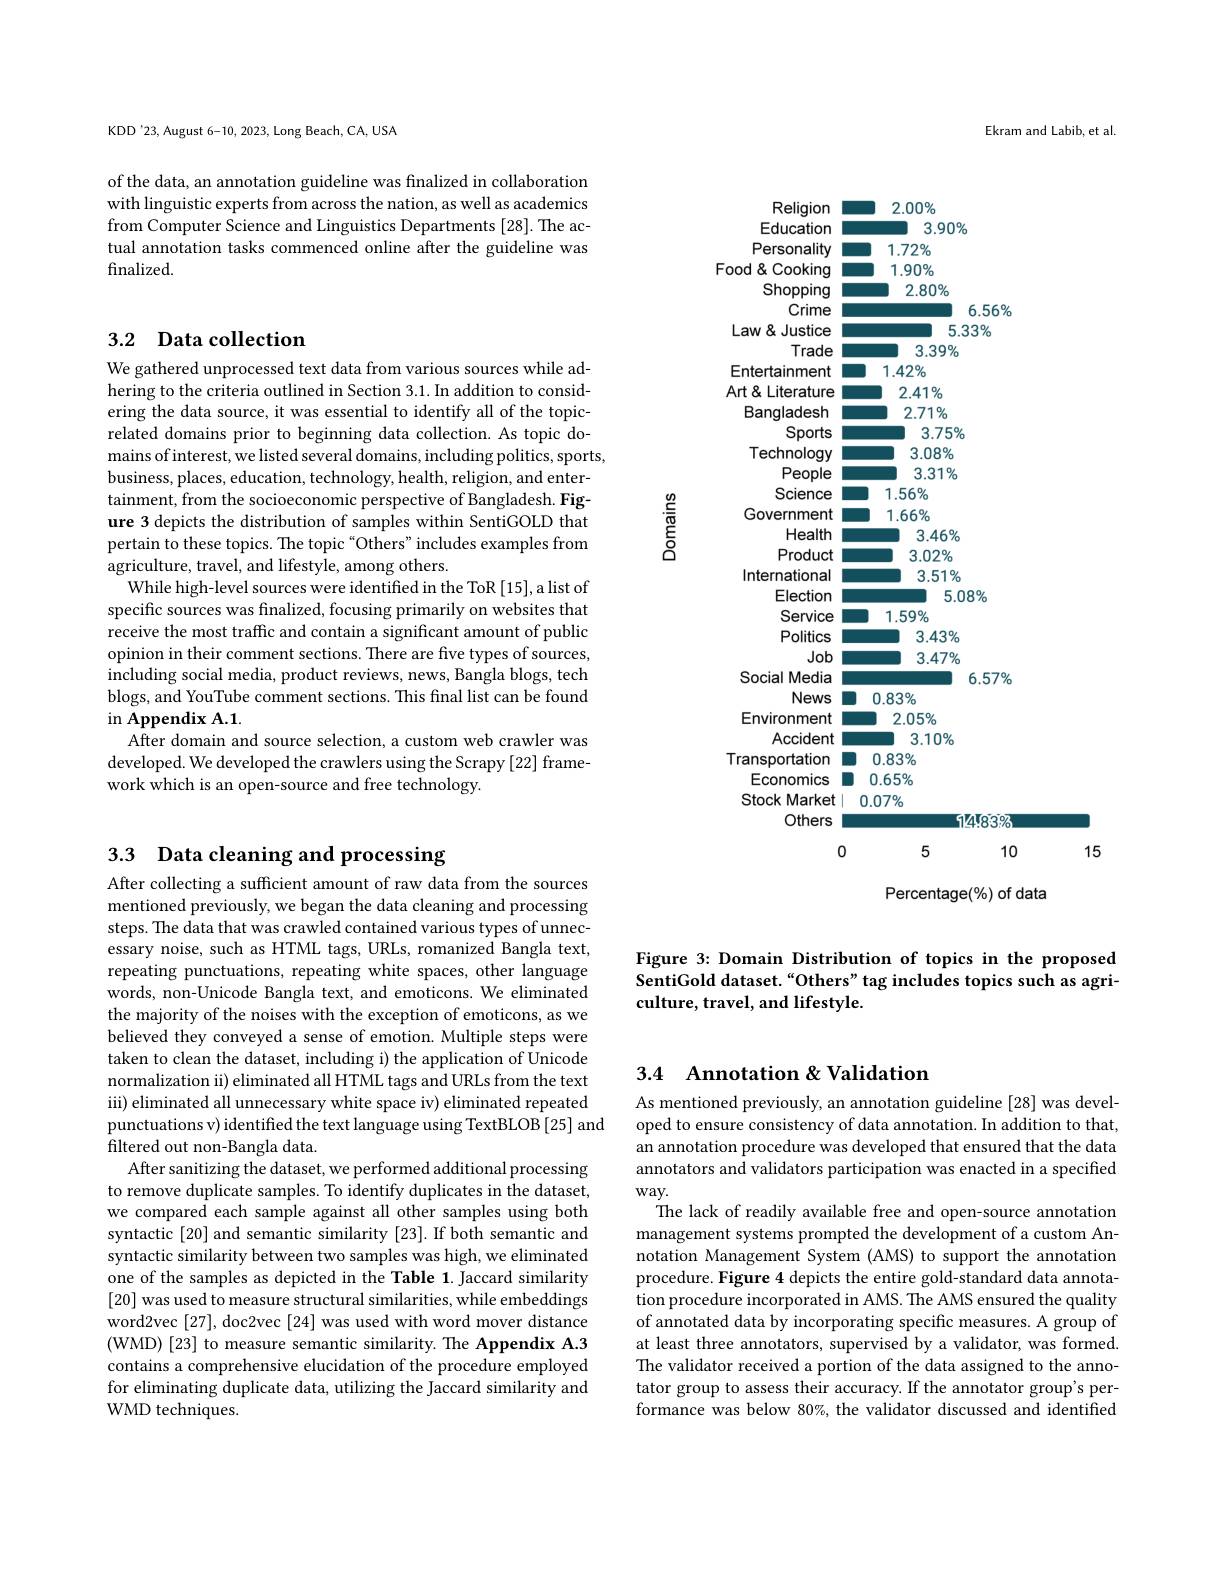
Ekram and Labib, et al.

KDD'23, August 6-10, 2023, Long Beach, CA, USA

of the data, an annotation guideline was finalized in collaboration with linguistic experts from across the nation, as well as academics from Computer Science and Linguistics Departments [28]. The actual annotation tasks commenced online after the guideline was finalized.

## 3.2 Data collection

We gathered unprocessed text data from various sources while adhering to the criteria outlined in Section 3.1. In addition to considering the data source, it was essential to identify all of the topicrelated domains prior to beginning data collection. As topic domains of interest, we listed several domains, including politics, sports, business, places, education, technology, health, religion, and entertainment, from the socioeconomic perspective of Bangladesh. Figure 3 depicts the distribution of samples within SentiGOLD that pertain to these topics. The topic“Others" includes examples from ${\mathrm{agriculture,~travel,~and~lifestyle,~among~others.}}$
While high-level sources were identified in the ToR [15], a list of specific sources was finalized, focusing primarily on websites that receive the most traffic and contain a significant amount of public opinion in their comment sections. There are five types of sources, $\dot{\text{including social media, product reviews, news, Bangla blogs, tech}}$ blogs, and YouTube comment sections. This final list can be found $\operatorname { in} \textbf{Appendix A. 1. }$
After domain and source selection, a custom web crawler was developed. We developed the crawlers using the Scrapy [22] framework which is an open-source and free technology.

$2.00\%$

Religion

$-3.90\%$

Education $\Xi$

Personality $1.72\%$

Food& Cooking $1.90\%$

$2.80\%$

Shopping

$-6.56\%$

Crime

 $5. 33\%$

Law & Justice -

Trade $\Pi$

 $3. 39\%$

Entertainment m 1.42%

Art& Literature

$2.41\%$

Bangladesh E

$2.71\%$

Sports E

 $3. 75\%$

Technology $\Xi$

$3.08\%$

 $3. 31\%$

People\_

Science $\square$

$1.56\%$

Government 1.66%

Health $-\frac{1}{2}$

 $3. 46\%$

Product $\square$

$3.02\%$

International E

$3.51\%$

Election

 $5. 08\%$

Service 1.59%

Politics E

 $3. 43\%$

Job

$3.47\%$

Social Media

$6.57\%$

News◼0.83%

Environment

$2.05\%$

Accident $\square$

 $3. 10\%$

Transportation 0.83%

Economics ◼0.65%

Stock Market $0.07\%$

1478396

Others D

5

0

10

Percentage(%) of data

15

Figure 3: Domain Distribution of topics in the proposed SentiGold dataset.“Others” tag includes topics such as agriculture, travel, and lifestyle.

## 3.3 Data cleaning and processing

After collecting a sufficient amount of raw data from the sources mentioned previously, we began the data cleaning and processing steps. The data that was crawled contained various types of unnecessary noise, such as HTML tags, URLs, romanized Bangla text, repeating punctuations, repeating white spaces, other language words, non-Unicode Bangla text, and emoticons. We eliminated the majority of the noises with the exception of emoticons, as we believed they conveyed a sense of emotion. Multiple steps were taken to clean the dataset, including i) the application of Unicode normalization ii) eliminated all HTML tags and URLs from the text iii) eliminated all unnecessary white space iv) eliminated repeated punctuations v) identified the text language using TextBLOB [25] and filtered out non-Bangla data.
After sanitizing the dataset, we performed additional processing to remove duplicate samples. To identify duplicates in the dataset, we compared each sample against all other samples using both syntactic [20] and semantic similarity [23]. If both semantic and syntactic similarity between two samples was high, we eliminated one of the samples as depicted in the Table 1. Jaccard similarity [20] was used to measure structural similarities, while embeddings word2vec [27], doc2vec [24] was used with word mover distance (WMD) [23] to measure semantic similarity. The Appendix A.3 contains a comprehensive elucidation of the procedure employed for eliminating duplicate data, utilizing the Jaccard similarity and WMD techniques.

## 3.4 Annotation & Validation

As mentioned previously, an annotation guideline [28] was developed to ensure consistency of data annotation. In addition to that, an annotation procedure was developed that ensured that the data annotators and validators participation was enacted in a specified $way.$

The lack of readily available free and open-source annotation management systems prompted the development of a custom Annotation Management System (AMS) to support the annotation procedure. Figure 4 depicts the entire gold-standard data annotation procedure incorporated in AMS. The AMS ensured the quality of annotated data by incorporating specific measures. A group of at least three annotators, supervised by a validator, was formed. The validator received a portion of the data assigned to the annotator group to assess their accuracy. If the annotator group's performance was below 80%, the validator discussed and identified